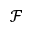
\mathcal { F }